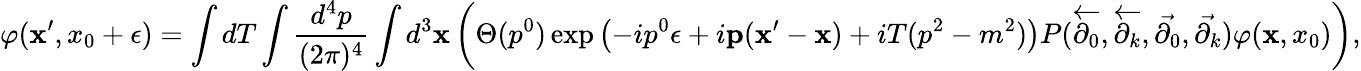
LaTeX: \varphi({\mathbf x}^{\prime},x_{0}+\epsilon)=\int dT\int\frac{d^{4}p}{(2\pi)^{4}}\int d^{3}{\mathbf x}\left(\Theta(p^{0})\exp\left(-ip^{0}\epsilon+i{\mathbf p}({\mathbf x}^{\prime}-{\mathbf x})+iT(p^{2}-m^{2})\right)P(\stackrel{\leftarrow}{\partial_{0}},\stackrel{\leftarrow}{\partial_{k}},\stackrel{\rightarrow}{\partial_{0}},\stackrel{\rightarrow}{\partial_{k}})\varphi({\mathbf x},x_{0})\right),